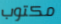
مكتوب